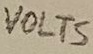
Text: VOLTS